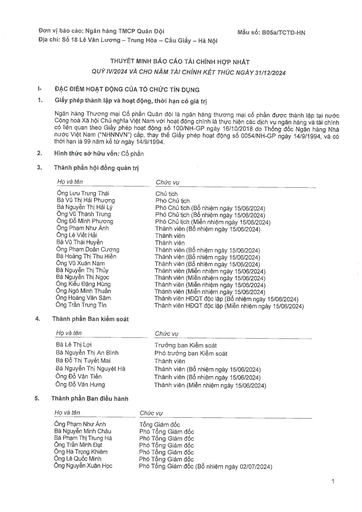
|Họ và tên|Chức vụ| |---|---| |Ông Lưu Trung Thái|Chủ tịch| |Bà Vũ Thị Hải Phương|Phó Chủ tịch| |Bà Nguyễn Thị Hải Ly|Phó Chủ tịch (Bổ nhiệm ngày 15/06/2024)| |Ông Vũ Thành Trung|Phó Chủ tịch (Bổ nhiệm ngày 15/06/2024)| |Ông Đỗ Minh Phương|Phó Chủ tịch (Miễn nhiệm ngày 15/06/2024)| |Ông Phạm Như Ánh|Thành viên (Bổ nhiệm ngày 15/06/2024)| |Ông Lê Viết Hải|Thành viên| |Bà Vũ Thái Huyền|Thành viên| |Ông Phạm Đoàn Cường|Thành viên (Bổ nhiệm ngày 15/06/2024)| |Bà Hoàng Thị Thu Hiền|Thành viên (Bổ nhiệm ngày 15/06/2024)| |Ông Vũ Xuân Nam|Thành viên (Bổ nhiệm ngày 15/06/2024)| |Bà Nguyễn Thị Thúy|Thành viên (Miễn nhiệm ngày 15/06/2024)| |Bà Nguyễn Thị Ngọc|Thành viên (Miễn nhiệm ngày 15/06/2024)| |Ông Kiều Đăng Hùng|Thành viên (Miễn nhiệm ngày 15/06/2024)| |Ông Ngô Minh Thuận|Thành viên (Miễn nhiệm ngày 15/06/2024)| |Ông Hoàng Văn Sâm|Thành viên HĐQT độc lập (Bổ nhiệm ngày 15/06/2024)| |Ông Trần Trung Tín|Thành viên HĐQT độc lập (Miễn nhiệm ngày 15/06/2024)| |Họ và tên|Chức vụ| |---|---| |Bà Lê Thị Lợi|Trưởng ban Kiểm soát| |Bà Nguyễn Thị An Bình|Phó trưởng ban Kiểm soát| |Bà Đỗ Thị Tuyết Mai|Thành viên| |Bà Nguyễn Thị Nguyệt Hà|Thành viên (Bổ nhiệm ngày 15/06/2024)| |Ông Đỗ Văn Tiến|Thành viên (Bổ nhiệm ngày 15/06/2024)| |Ông Đỗ Văn Hùng|Thành viên (Miễn nhiệm ngày 15/06/2024)| |Họ và tên|Chức vụ| |---|---| |Ông Phạm Như Ánh|Tổng Giám đốc| |Bà Nguyễn Minh Châu|Phó Tổng Giám đốc| |Bà Phạm Thị Trung Hà|Phó Tổng Giám đốc| |Ông Trần Minh Đạt|Phó Tổng Giám đốc| |Ông Hà Trọng Khiêm|Phó Tổng Giám đốc| |Ông Lê Quốc Minh|Phó Tổng Giám đốc| |Ông Nguyễn Xuân Học|Phó Tổng Giám đốc (Bổ nhiệm ngày 02/07/2024)|